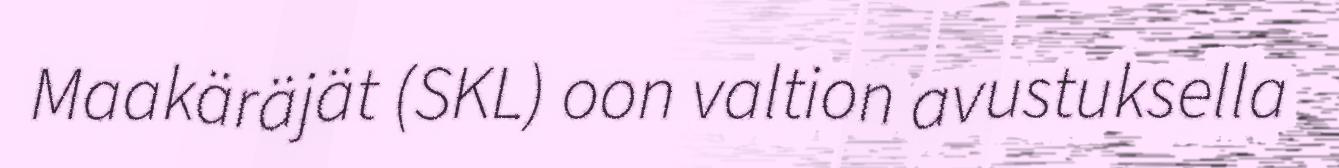
Maakäräjät (SKL) oon valtion avustuksella